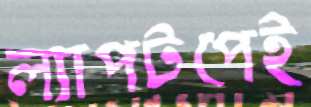
ল্যাপটপেই